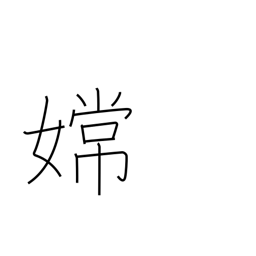
Meaning: proper name